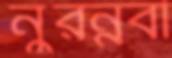
নুরন্নবী